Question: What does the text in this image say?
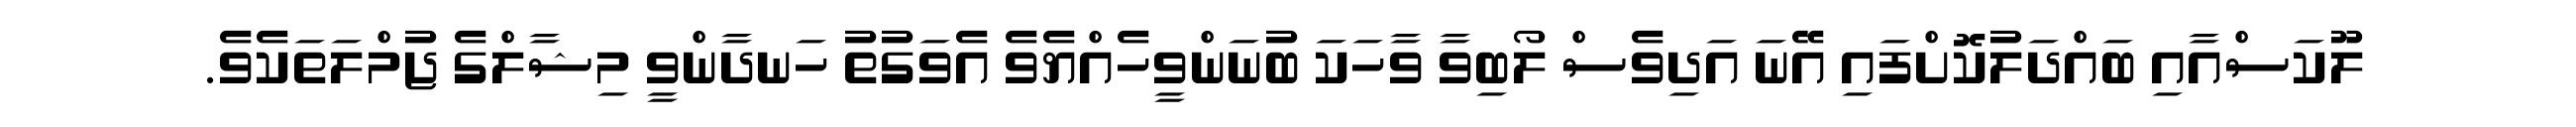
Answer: ލޫކަސްއާއި ބައްދަލުކޮށްފައި އޭނަ އަދިވެސް ލޯބިވާ ވާހަކަ ބުނަންވީހެއްޔެވެ އެވަގުތު ހަނދާންވީ މިޝާލްގެ ޖުމްލަތަކެވެ.